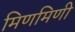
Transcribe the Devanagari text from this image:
मिणमिणी